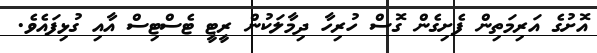
އޮށުގެ އަރިމަތިން ފެށިގެން ގޮސް ހުރިހާ ދިމާލަކުން ރީޓީ ޓެސްޓިސް އާއި ގުޅިފައެވެ.